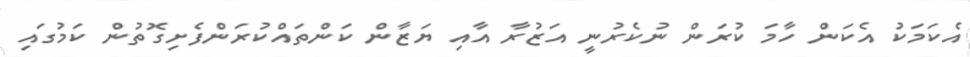
އެކަމަކު އެކަން ހާމަ ކުރަން ނުކެރުނީ އަޒުރާ އާއި ޔަޒާން ކަންތައްކުރަންފެށިގޮތުން ކަމުގައި